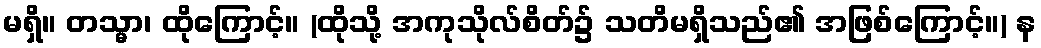
မရှိ။ တသ္မာ၊ ထိုကြောင့်။ (ထိုသို့ အကုသိုလ်စိတ်၌ သတိမရှိသည်၏ အဖြစ်ကြောင့်။) န